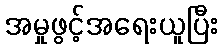
အမှုဖွင့်အရေးယူပြီး